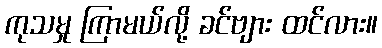
ကုသမှု ကြာမယ်လို့ ခင်ဗျား ထင်လား။